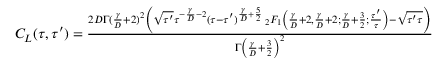
\begin{array} { r } { C _ { L } ( \tau , \tau ^ { \prime } ) = \frac { 2 D \Gamma ( \frac { \gamma } { D } + 2 ) ^ { 2 } \left( \sqrt { \tau ^ { \prime } } \tau ^ { - \frac { \gamma } { D } - 2 } ( \tau - \tau ^ { \prime } ) ^ { \frac { \gamma } { D } + \frac { 5 } { 2 } } \, _ { 2 } F _ { 1 } \left( \frac { \gamma } { D } + 2 , \frac { \gamma } { D } + 2 ; \frac { \gamma } { D } + \frac { 3 } { 2 } ; \frac { \tau ^ { \prime } } { \tau } \right) - \sqrt { \tau ^ { \prime } \tau } \right) } { \Gamma \left( \frac { \gamma } { D } + \frac { 3 } { 2 } \right) ^ { 2 } } } \end{array}